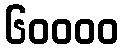
၆၀၀၀၀